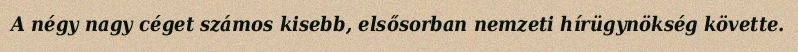
A négy nagy céget számos kisebb, elsősorban nemzeti hírügynökség követte.